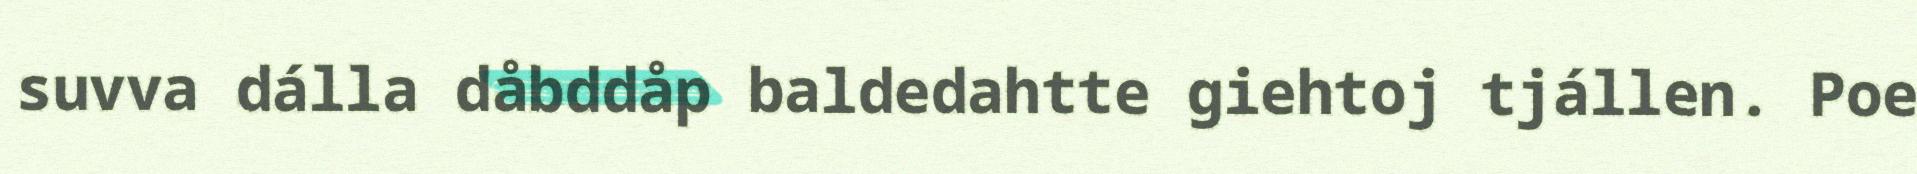
suvva dálla dåbddåp baldedahtte giehtoj tjállen. Poe